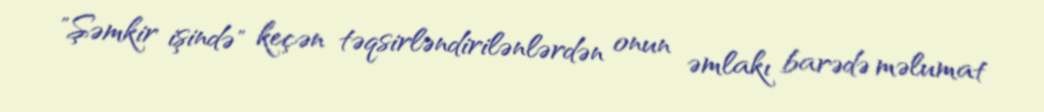
"Şəmkir işində" keçən təqsirləndirilənlərdən onun əmlakı barədə məlumat